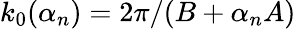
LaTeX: k_{0}(\alpha_{n})=2\pi/(B+\alpha_{n}A)